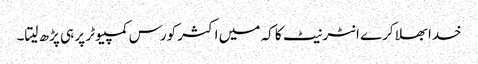
خدا بھلا کرے انٹر نیٹ کا کہ میں اکثر کورس کمپیوٹر پر ہی پڑھ لیتا۔